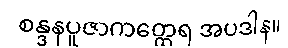
စန္ဒနပူဇာကတ္ထေရ အပဒါန။